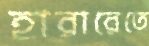
হারারেতে